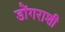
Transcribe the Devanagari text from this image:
डोंगराशी